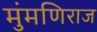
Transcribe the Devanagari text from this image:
मुंमणिराज